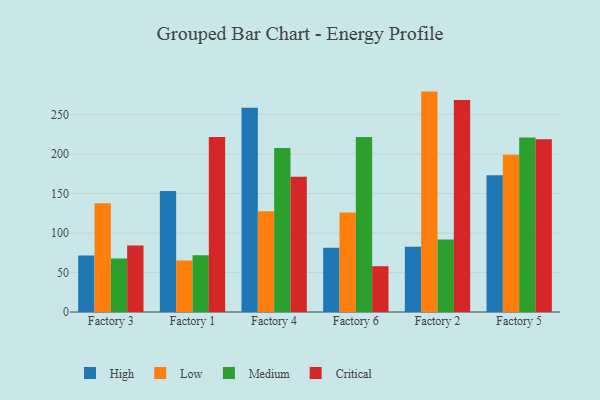
{"axis": {"x": "Factory", "y": "Energy Usage (MWh)"}, "legend": ["Critical", "High", "Low", "Medium"], "data": [{"x": "Factory 3", "y": 71.4, "type": "High"}, {"x": "Factory 3", "y": 137.6, "type": "Low"}, {"x": "Factory 3", "y": 67.7, "type": "Medium"}, {"x": "Factory 3", "y": 84.3, "type": "Critical"}, {"x": "Factory 1", "y": 153.1, "type": "High"}, {"x": "Factory 1", "y": 65.3, "type": "Low"}, {"x": "Factory 1", "y": 71.9, "type": "Medium"}, {"x": "Factory 1", "y": 221.5, "type": "Critical"}, {"x": "Factory 4", "y": 258.7, "type": "High"}, {"x": "Factory 4", "y": 127.5, "type": "Low"}, {"x": "Factory 4", "y": 207.8, "type": "Medium"}, {"x": "Factory 4", "y": 171.2, "type": "Critical"}, {"x": "Factory 6", "y": 81.5, "type": "High"}, {"x": "Factory 6", "y": 126.0, "type": "Low"}, {"x": "Factory 6", "y": 221.6, "type": "Medium"}, {"x": "Factory 6", "y": 58.0, "type": "Critical"}, {"x": "Factory 2", "y": 82.6, "type": "High"}, {"x": "Factory 2", "y": 279.1, "type": "Low"}, {"x": "Factory 2", "y": 91.8, "type": "Medium"}, {"x": "Factory 2", "y": 268.4, "type": "Critical"}, {"x": "Factory 5", "y": 173.1, "type": "High"}, {"x": "Factory 5", "y": 199.0, "type": "Low"}, {"x": "Factory 5", "y": 221.1, "type": "Medium"}, {"x": "Factory 5", "y": 218.8, "type": "Critical"}]}